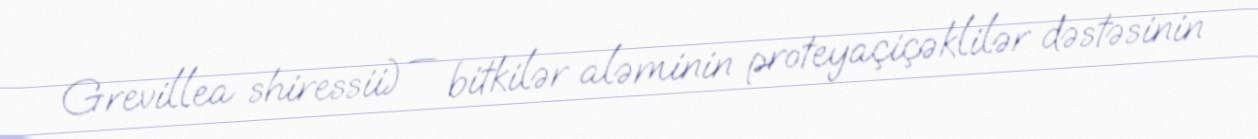
Grevillea shiressii) — bitkilər aləminin proteyaçiçəklilər dəstəsinin